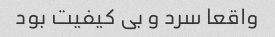
واقعا سرد و بی کیفیت بود